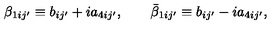
\beta _ { 1 i j ^ { \prime } } \equiv b _ { i j ^ { \prime } } + i a _ { 4 i j ^ { \prime } } , \qquad \bar { \beta } _ { 1 i j ^ { \prime } } \equiv b _ { i j ^ { \prime } } - i a _ { 4 i j ^ { \prime } } ,